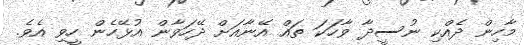
މާހިން ދެއްކި ނުސީދާ ވާހަކަ ތައް އޭނާއަށް ދޭހަވާން އުޅޭހެން ހީވި އެވެ.